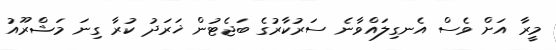
މީރާ އަށް ވެސް އެނގިލައްވާނެ ސަރުކާރުގެ ބަޖެޓުން ޚަރަދު ކުރާ ގިނަ މަޝްރޫއު